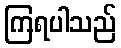
ကြရပါသည်